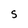
Character: S